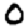
Digit: 0